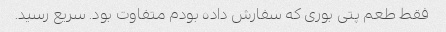
فقط طعم پتی بوری که سفارش داده بودم متفاوت بود. سریع رسید.